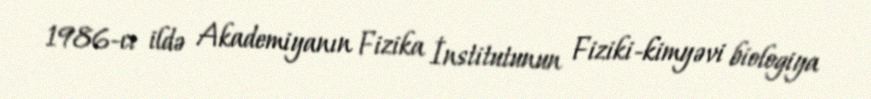
1986-cı ildə Akademiyanın Fizika İnstitutunun Fiziki-kimyəvi biologiya